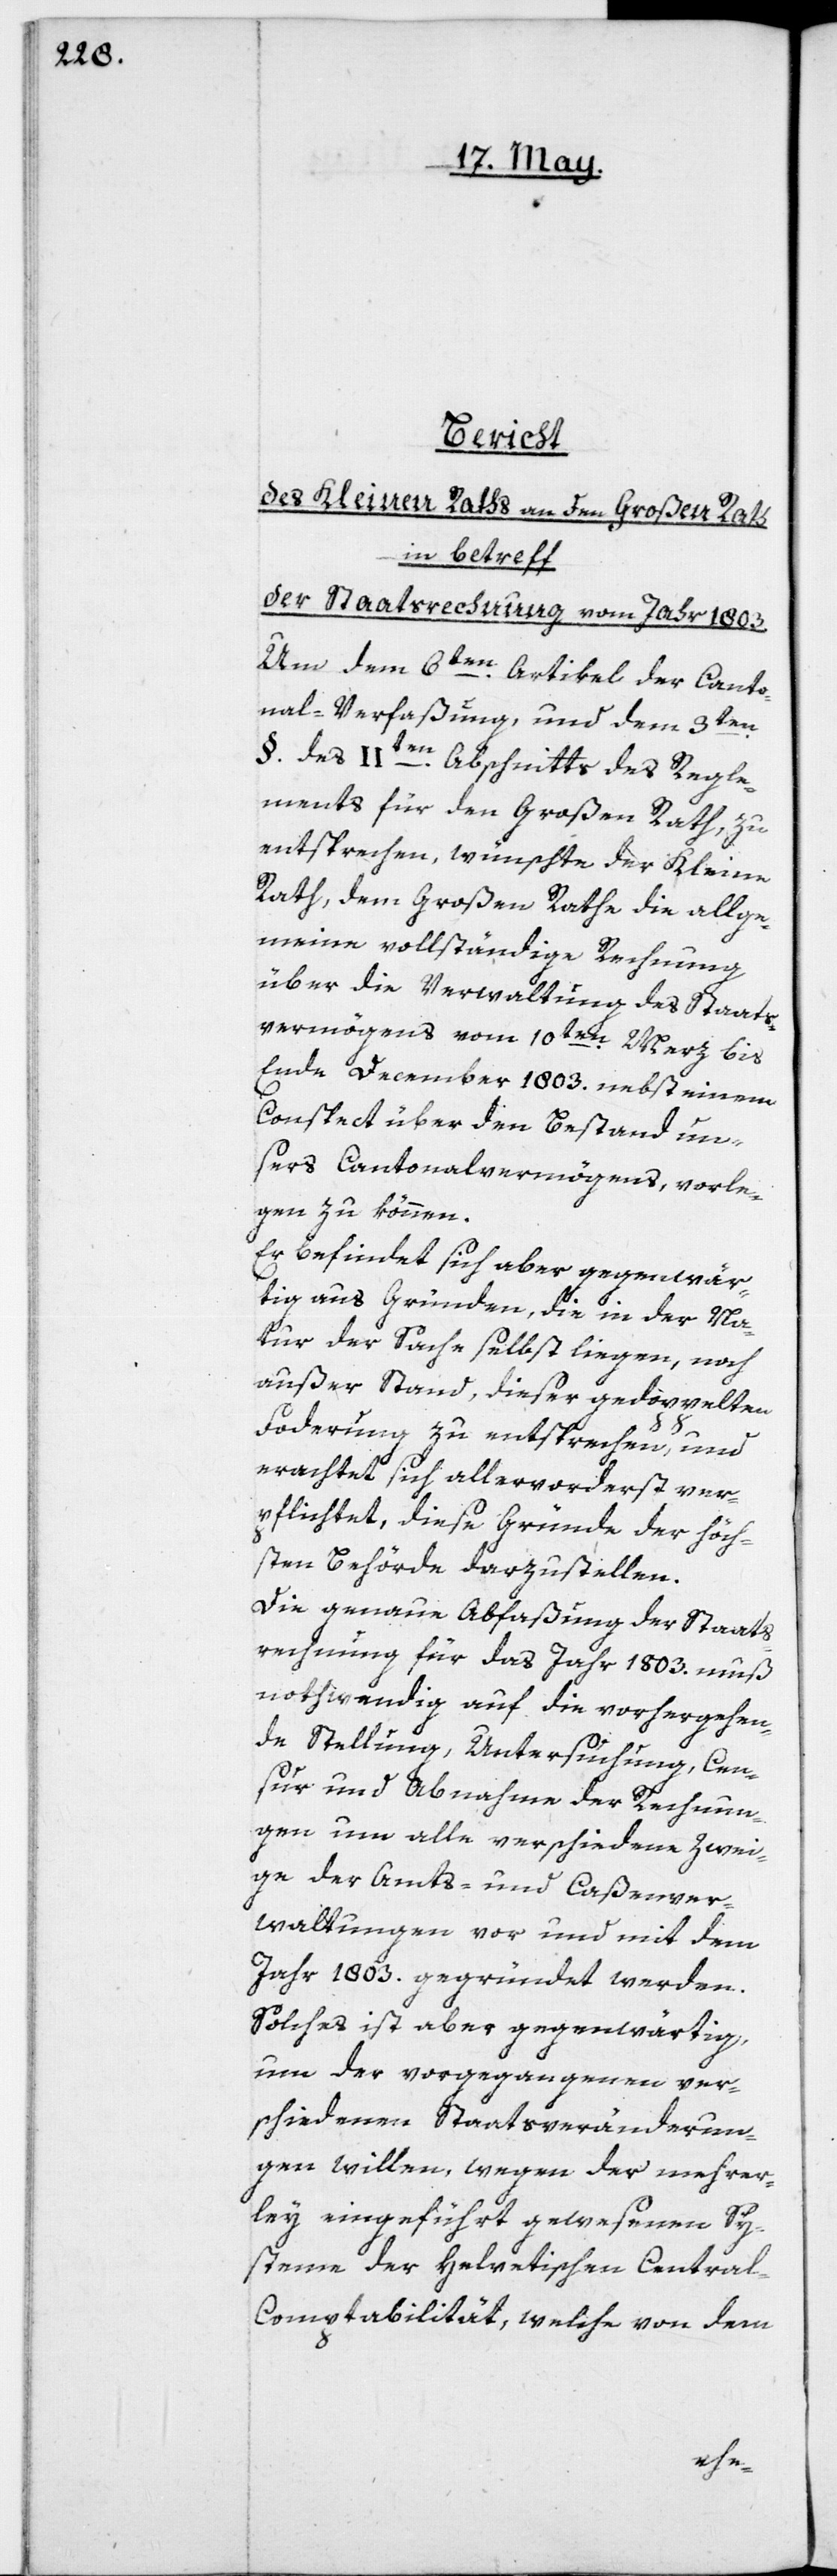
Caßenver¬
des Kleinen Raths an den Großen Rath
in betreff
der Staatsrechnung vom Jahr 1803.
Um den 6ten Artikel der Canto¬
nal-Verfaßung, und dem 3ten
§. des IIten Abschnitts des Regle¬
ments für den Großen Rath, zu
entsprechen, wünschte der Kleine
Rath, dem Großen Rathe die allge¬
meine vollständige Rechnung
über die Verwaltung des Staats¬
vermögens vom 10ten Merz bis
Ende December 1803. nebst einem
Conspekt über den Bestand un¬
sers Cantonalvermögens, vorle¬
gen zu können.
Es befindet sich aber gegenwär¬
tig aus Gründen, die in der Na¬
tur der Sache selbst liegen, noch
außer Stand, dieser gedoppelten
Forderung zu entsprechen, und
erachtet sich allervorderst ver¬
pflichtet, diese Gründe der höch¬
sten Behörde darzustellen.
Die genaue Abfaßung der Staats¬
rechnung für das Jahr 1803. muß
nothwendig auf die vorhergehen¬
de Stellung, Untersuchung, Cen¬
sur und Abnahme der Rechnun¬
gen um alle verschiedene Zweige
waltungen vor und mit dem
Jahr 1803. gegründet werden.
Solches ist aber gegenwärtig,
um der vorgegangenen ver¬
schiedene Staatsveränderun¬
gen willen, wegen der mehrer¬
ley eingeführt gewesenen Sy¬
steme der Helvetischen Centra¬
l-Comptabilität, welche von dem